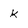
Character: k